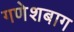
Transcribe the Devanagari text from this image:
गणेशबाग